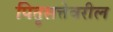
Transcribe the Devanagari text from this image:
पितृसत्तेवरील